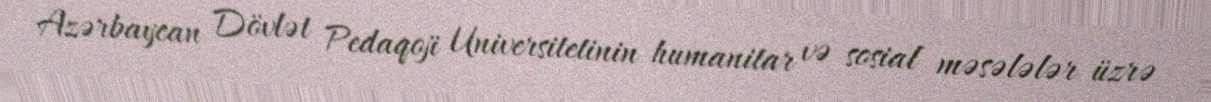
Azərbaycan Dövlət Pedaqoji Universitetinin humanitar və sosial məsələlər üzrə